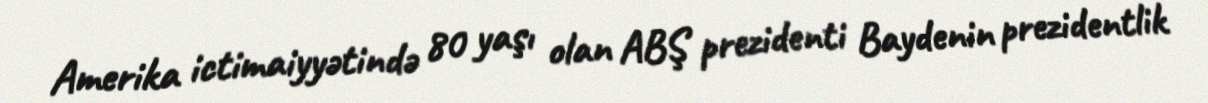
Amerika ictimaiyyətində 80 yaşı olan ABŞ prezidenti Baydenin prezidentlik